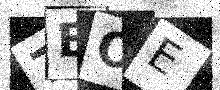
Text: 7BOE